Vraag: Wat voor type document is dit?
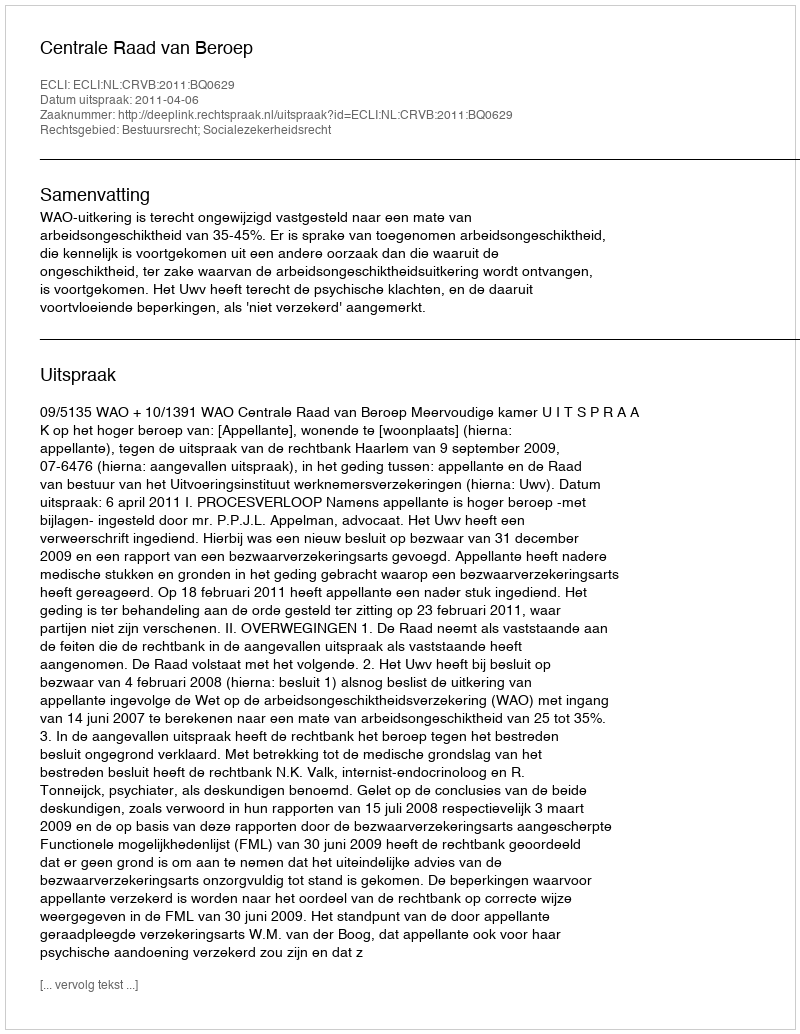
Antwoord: Uitspraak